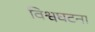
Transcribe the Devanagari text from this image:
विश्वघटना